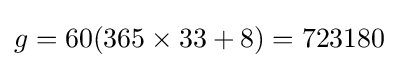
g=60(365\times 33+8)=723180